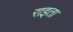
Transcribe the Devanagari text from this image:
राइता